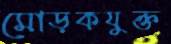
মোড়কযুক্ত